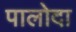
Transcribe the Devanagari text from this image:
पालोदा